Vabadussoja_Ajaloo_Komitee, lk 4
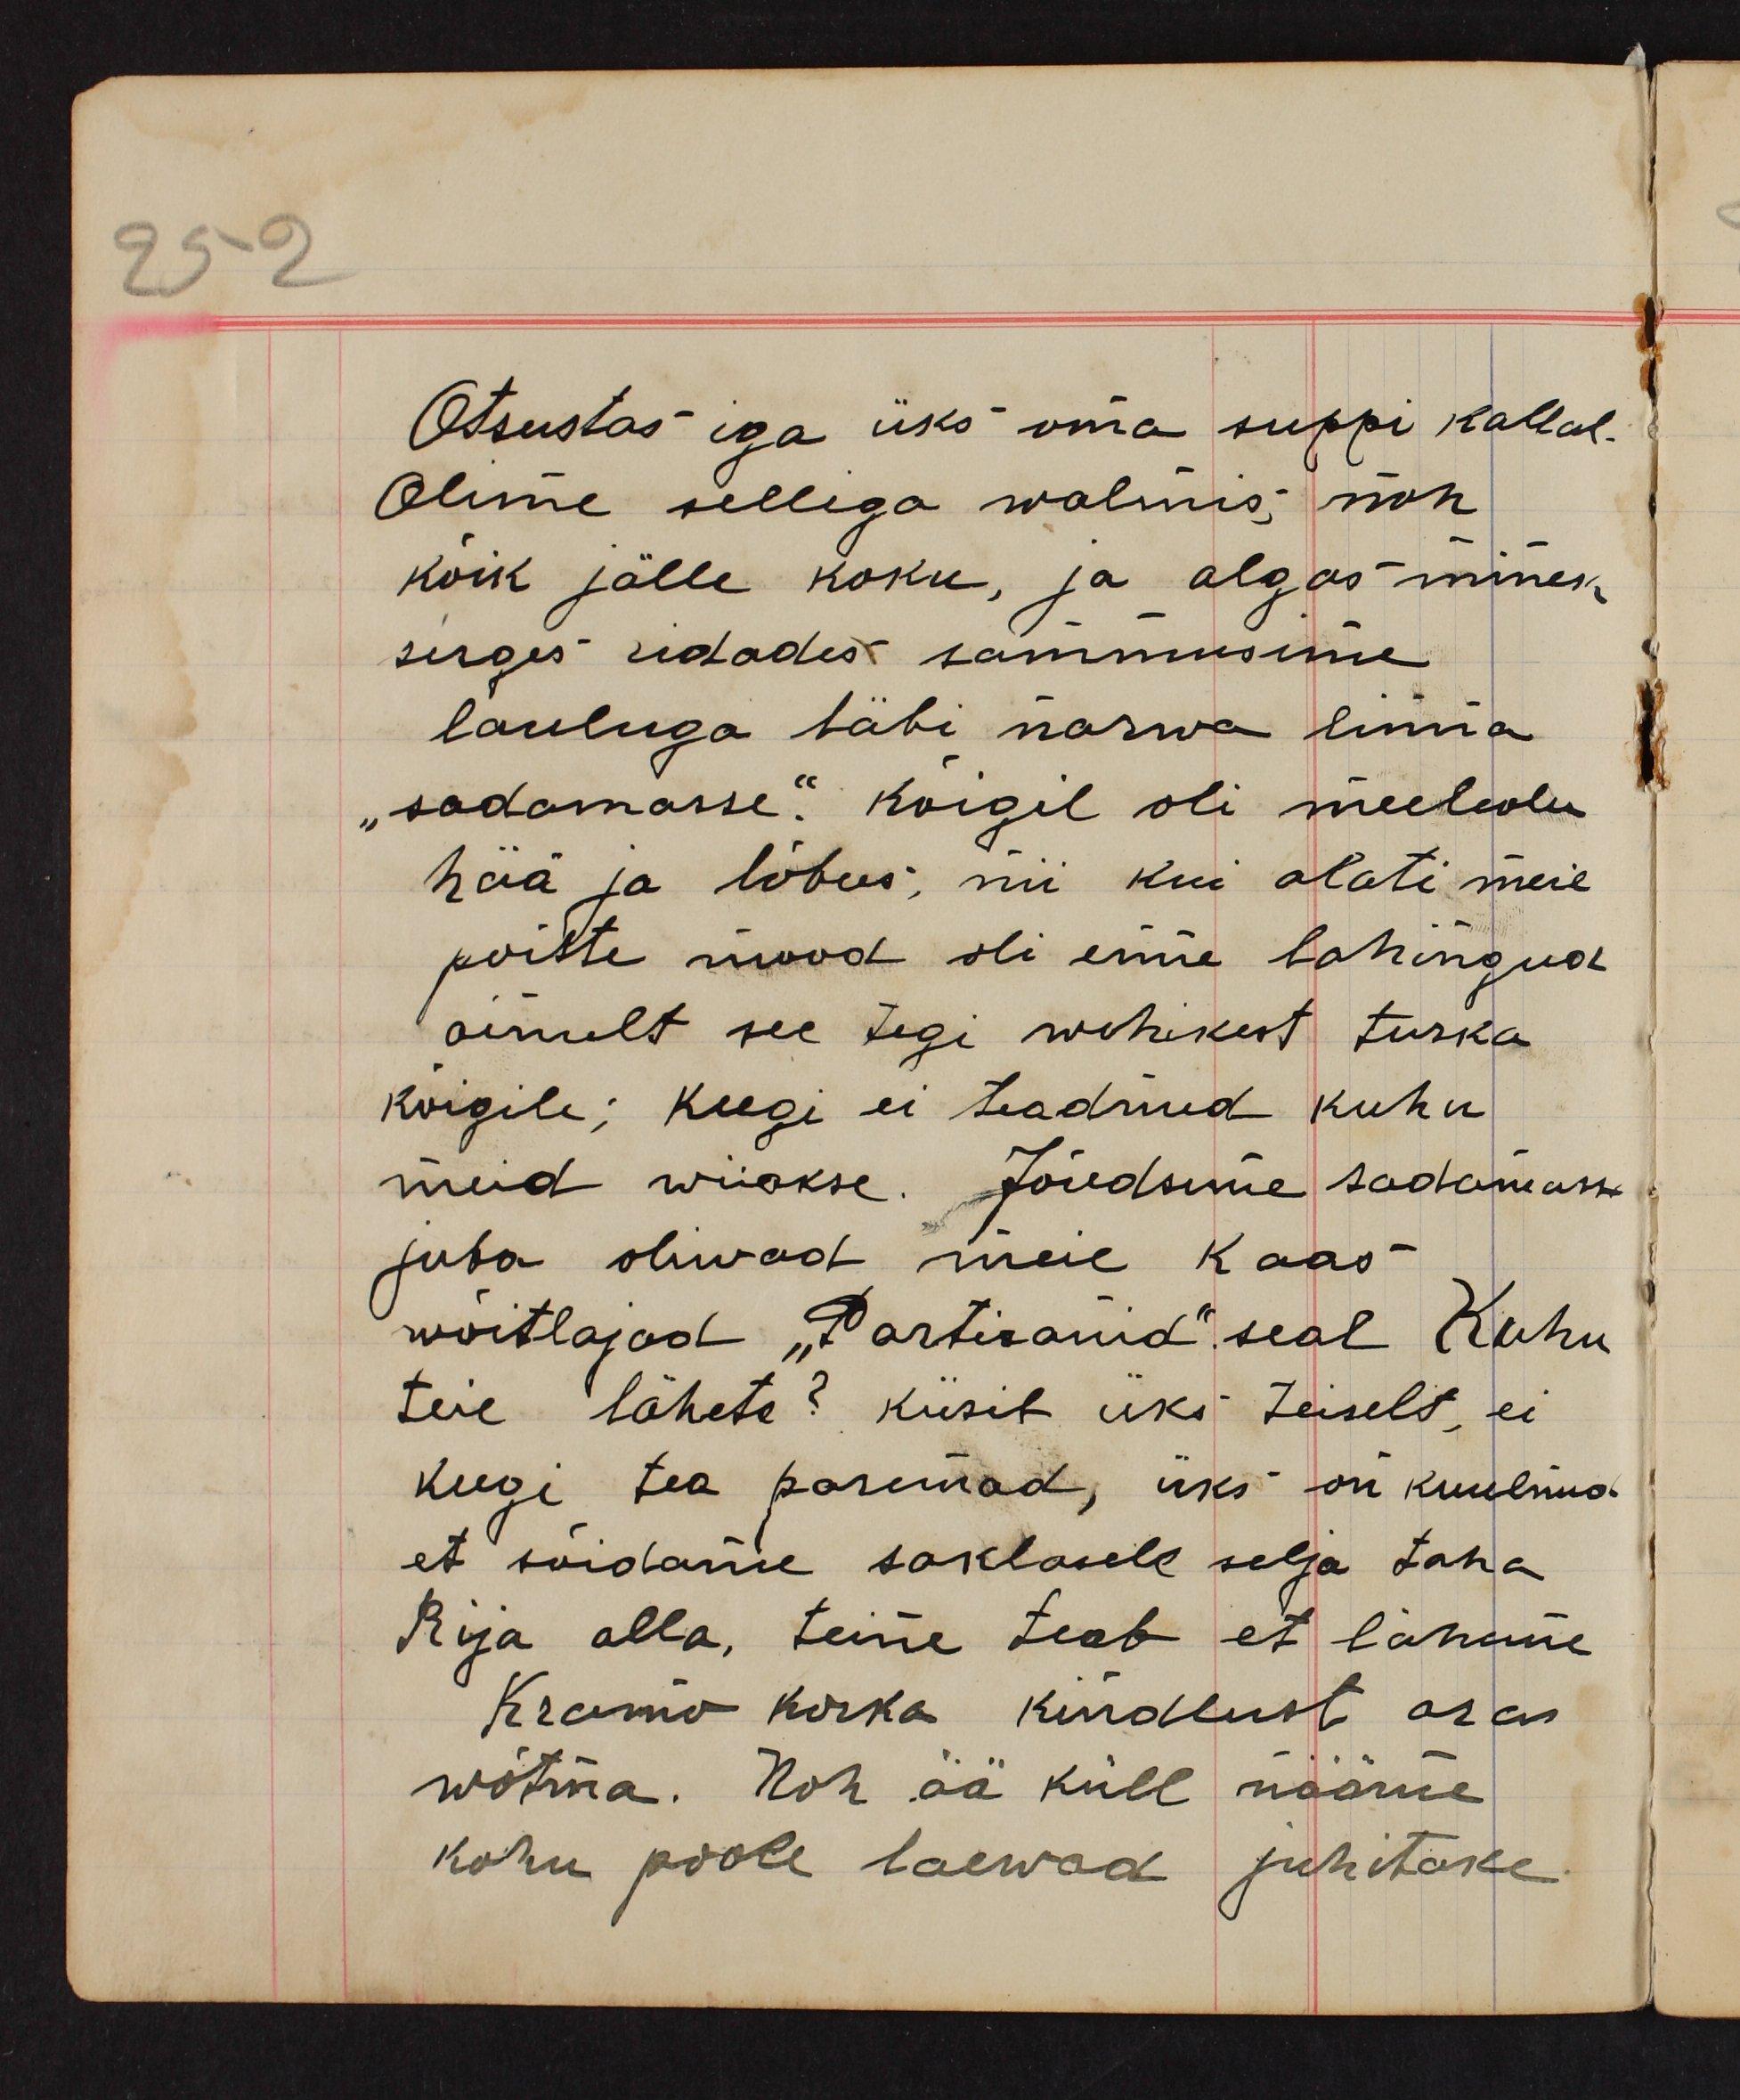
Otsustas iga üks oma suppi kallal.
Olime sellega walmis, nõu 
kõik jälle koku, ja algas minek
sirges ridades sammusime
lauluga läbi narwa linna
"sadamasse". Kõigil oli meeleolu
hää ja lõbus; nii kui alati meie
poiste mood oli enne lahingud
ainult see tegi wehikest tuska
kõigile; keegi ei teadnud kuhu
meid wiiakse. Jõudsime sadamasse
juba oliwad meie kaas-
wõitlejad „Partisanid“ seal Kuhu
teie lähete? Küsib üks teiselt, ei
keegi tea paremad, üks on kuulnud
et sõidame sakslaste selja taha
Rija alla, teine teab et läheme
Krasnõ Korka kindlust ära
wõtma. Noh ää küll nääme
kuhu poole laewad juhitake